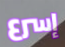
إسرع